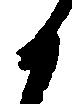
候